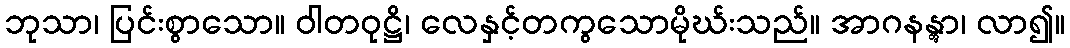
ဘုသာ၊ ပြင်းစွာသော။ ဝါတဝုဋ္ဌိ၊ လေနှင့်တကွသောမိုဃ်းသည်။ အာဂနန္တွာ၊ လာ၍။